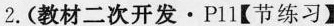
2.(教材二次开发·P11【节练习】